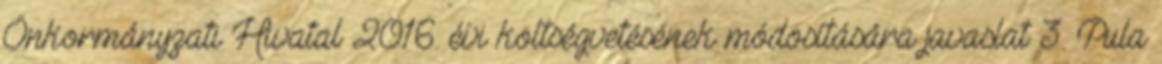
Önkormányzati Hivatal 2016. évi költségvetésének módosítására javaslat 3. Pula